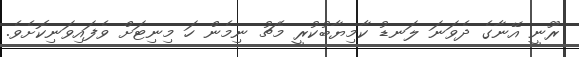
ރޫނީ އޭނާގެ ދެވަނަ ލަނޑު ކާމިޔާބުކުރީ މެޗު ނިމެން ހަ މިނިޓަށް ވެފައިވަނިކޮށެވެ.